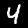
Digit: 4